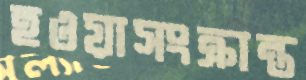
হওয়াসংক্রান্ত